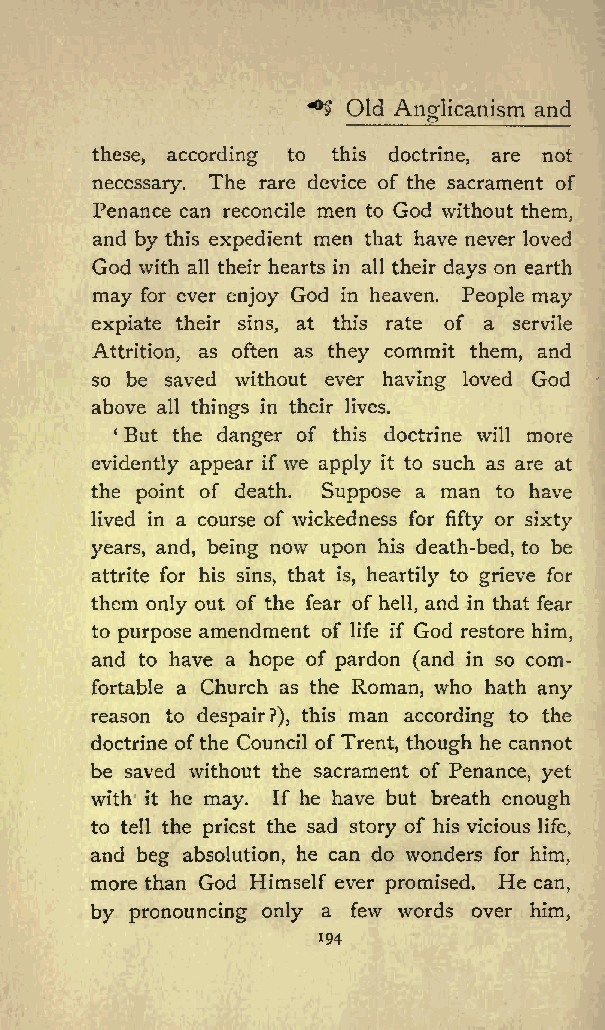
*5 Old         and
 Anglicanism
 these, according to this doctrine, are not
 necessary. The rare device of the sacrament of
 Penance can reconcile men to God without them,
 and by this expedient men that have never loved
 God with all their hearts in all their days on earth
 may for ever enjoy God in heaven. People may
 expiate their sins, at this rate of a servile
 Attrition, as often as they commit them, and
 so be saved without ever having loved God
 above all things in their lives.
 But the danger of this doctrine will more
 evidently appear if we apply it to such as are at
 the point of death. Suppose a man to have
 lived in a course of wickedness for fifty or sixty
 years, and, being now upon his death-bed, to be
 attrite for his sins, that is, heartily to grieve for
 them only out of the fear of hell, and in that fear
 to purpose amendment of life if God restore him,
 and to have a hope of pardon (and in so com
 fortable a Church as the Roman, who hath any
 reason to despair?), this man according to the
 doctrine ofthe Council of Trent, though he cannot
 be saved without the sacrament of Penance, yet
 with it he may. If he have but breath enough
 to tell the priest the sad story of his vicious life,
 and beg absolution, he can do wonders for him,
 more than God Himself ever promised. He can,
 by pronouncing only a few words over him,
 194